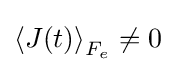
\left\langle J(t)\right\rangle _{F_{e}}\neq 0